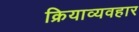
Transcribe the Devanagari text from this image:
क्रियाव्यवहार